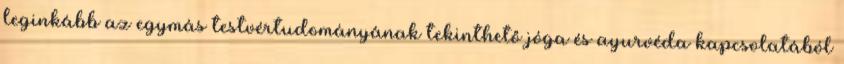
leginkább az egymás testvértudományának tekinthető jóga és ayurvéda kapcsolatából